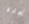
نجده